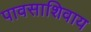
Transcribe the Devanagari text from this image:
पावसाशिवाय